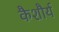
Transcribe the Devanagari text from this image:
कैशौर्य